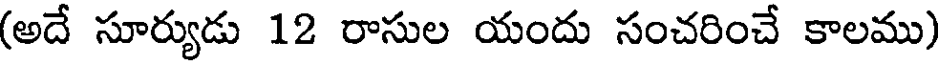
(అదే సూర్యుడు 12 రాసుల యందు సంచరించే కాలము)